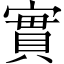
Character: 實